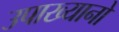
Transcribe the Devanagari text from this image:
उपाख्यानो